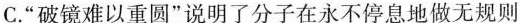
C”破镜难以重圆”说明了分子在永不停息地做无规则